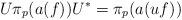
LaTeX: \begin{align*}U\pi_p(a(f))U^* = \pi_p(a(uf))\end{align*}